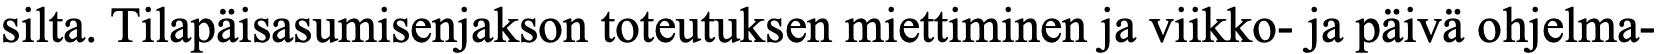
silta. Tilapäisasumisenjakson toteutuksen miettiminen ja viikko- ja päivä ohjelma-